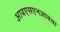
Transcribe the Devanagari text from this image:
आयएसएनआयचा